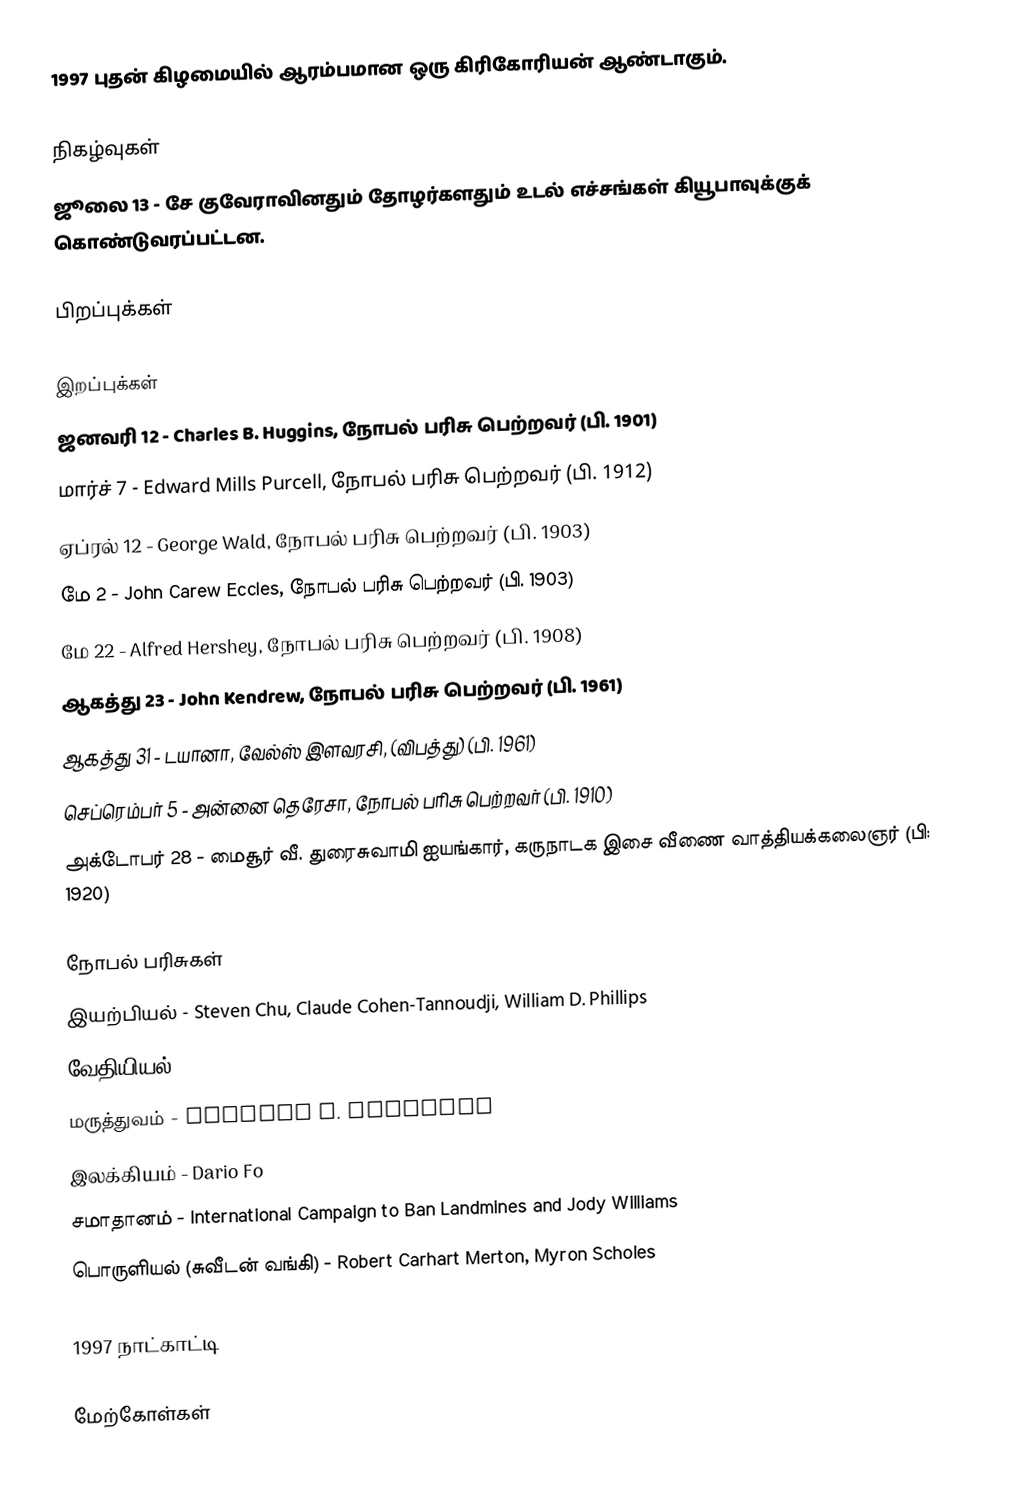
1997 புதன் கிழமையில் ஆரம்பமான ஒரு கிரிகோரியன் ஆண்டாகும்.

நிகழ்வுகள்
 ஜூலை 13 - சே குவேராவினதும் தோழர்களதும் உடல் எச்சங்கள் கியூபாவுக்குக் கொண்டுவரப்பட்டன.

பிறப்புக்கள்

இறப்புக்கள்
 ஜனவரி 12 - Charles B. Huggins, நோபல் பரிசு பெற்றவர் (பி. 1901)
 மார்ச் 7 - Edward Mills Purcell, நோபல் பரிசு பெற்றவர் (பி. 1912)
 ஏப்ரல் 12 - George Wald, நோபல் பரிசு பெற்றவர் (பி. 1903)
 மே 2 - John Carew Eccles, நோபல் பரிசு பெற்றவர் (பி. 1903)
 மே 22 - Alfred Hershey, நோபல் பரிசு பெற்றவர் (பி. 1908)
 ஆகத்து 23 - John Kendrew, நோபல் பரிசு பெற்றவர் (பி. 1961)
 ஆகத்து 31 - டயானா, வேல்ஸ் இளவரசி, (விபத்து) (பி. 1961)
 செப்ரெம்பர் 5 - அன்னை தெரேசா, நோபல் பரிசு பெற்றவர் (பி. 1910)
 அக்டோபர் 28 - மைசூர் வீ. துரைசுவாமி ஐயங்கார், கருநாடக இசை வீணை வாத்தியக்கலைஞர் (பி: 1920)

நோபல் பரிசுகள்
 இயற்பியல் - Steven Chu, Claude Cohen-Tannoudji, William D. Phillips
 வேதியியல் - Paul D. Boyer, John E. Walker, Jens C. Skou
 மருத்துவம் - Stanley B. Prusiner
 இலக்கியம் - Dario Fo
 சமாதானம் - International Campaign to Ban Landmines and Jody Williams
 பொருளியல் (சுவீடன் வங்கி) - Robert Carhart Merton, Myron Scholes

1997 நாட்காட்டி

மேற்கோள்கள்